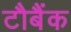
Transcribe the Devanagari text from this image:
टौबैंक